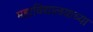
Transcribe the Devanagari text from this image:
महाविद्यालयाच्या